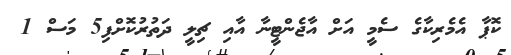
ކޮޕާ އެމެރިކާގެ ސެމީ އަށް އާޖެންޓީނާ އާއި ޗިލީ ދަތުރުކޮށްފި5 މަސް 1